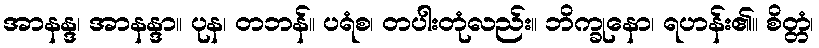
အာနန္ဒ၊ အာနန္ဒာ။ ပုန၊ တဘန်။ ပရံစ၊ တပါးတုံလည်း။ ဘိက္ခုနော၊ ရဟန်း၏။ စိတ္တံ၊